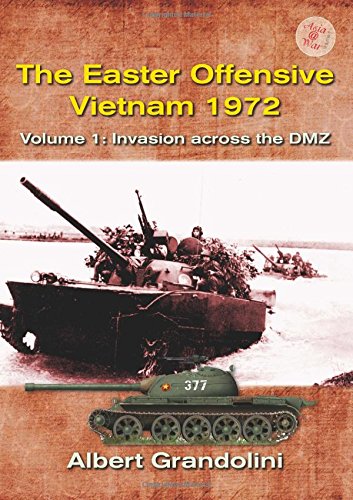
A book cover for The Easter Offensive - Vietnam 1972: Volume 1: Invasion across the DMZ (Africa @ War); Albert Grandolini; History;